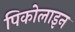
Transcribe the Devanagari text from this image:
पिकोलाइन